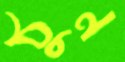
ঠুন